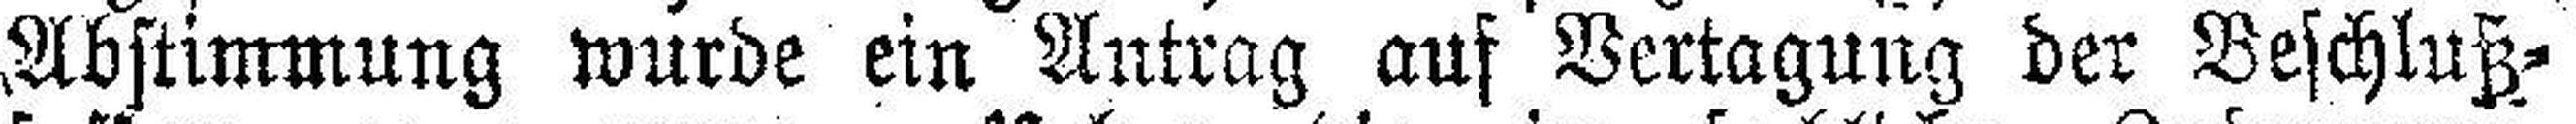
Abstimmung wurde ein Antrag auf Vertagung der Beschluß¬